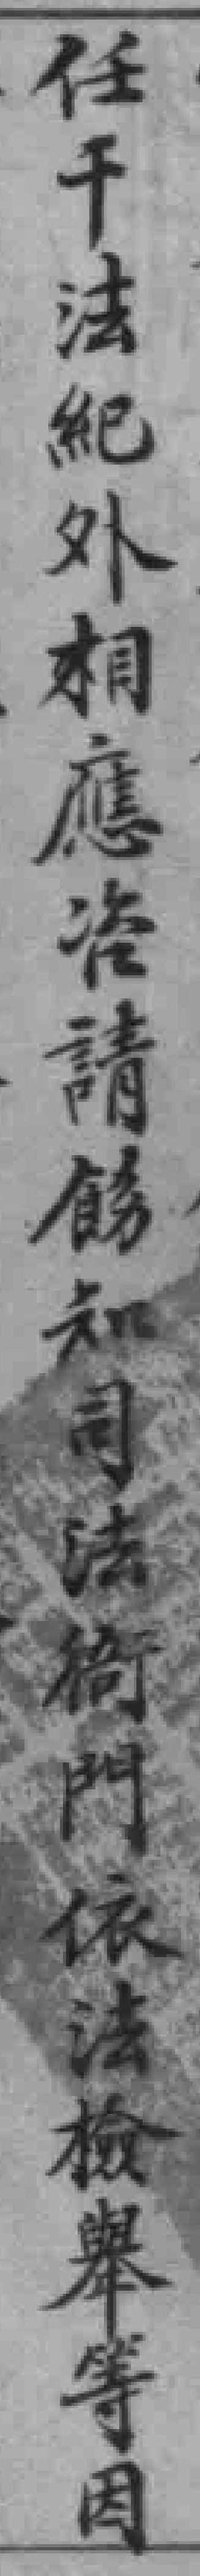
在干法紀外相應咨請飭知司法衙門依法檢舉等因